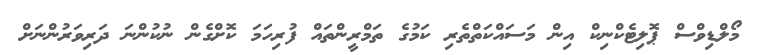
މޯލްޑިވްސް ޕޮލިޓެކްނިކް އިން މަސައްކަތްތެރި ކަމުގެ ތަމްރީންތައް ފުރިހަމަ ކޮށްގެން ނުކުންނަ ދަރިވަރުންނަށް